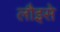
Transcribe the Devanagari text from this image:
लौइसे